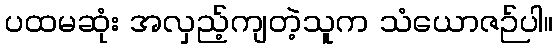
ပထမဆုံး အလှည့်ကျတဲ့သူက သံယောဇဉ်ပါ။